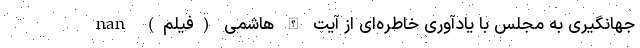
جهانگیری به مجلس با یادآوری خاطره‌ای از آیت الله هاشمی (فیلم) nan